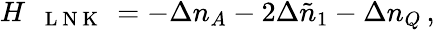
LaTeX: \begin{array}{r}{H_{\mathrm{~\texttt~{~L~N~K~}~}}=-\Delta n_{A}-2\Delta\tilde{n}_{1}-\Delta n_{Q}\, ,}\end{array}